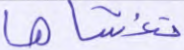
تغشاها